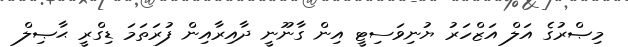
މިޞްރުގެ އަލް އަޒްހަރު ޔުނިވަސިޓީ އިން ގާނޫނީ ދާއިރާއިން ފުރަތަމަ ޑިގްރީ ޙާޞިލް